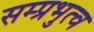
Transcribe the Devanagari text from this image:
सम्प्रभुत्व